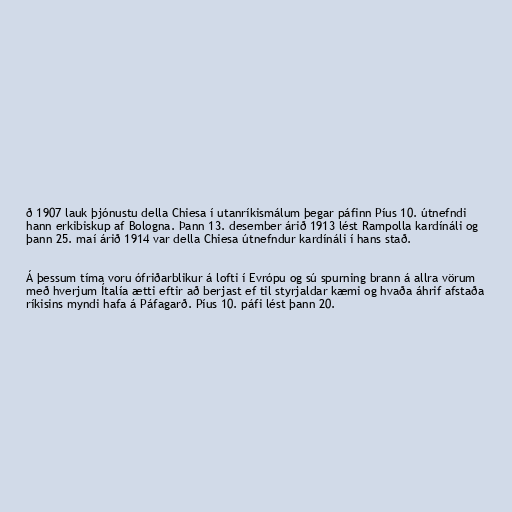
ð 1907 lauk þjónustu della Chiesa í utanríkismálum þegar páfinn Píus 10. útnefndi
hann erkibiskup af Bologna. Þann 13. desember árið 1913 lést Rampolla kardínáli og
þann 25. maí árið 1914 var della Chiesa útnefndur kardínáli í hans stað.

Á þessum tíma voru ófriðarblikur á lofti í Evrópu og sú spurning brann á allra vörum
með hverjum Ítalía ætti eftir að berjast ef til styrjaldar kæmi og hvaða áhrif afstaða
ríkisins myndi hafa á Páfagarð. Píus 10. páfi lést þann 20.